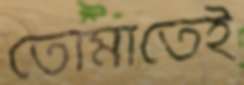
তোমাতেই